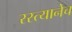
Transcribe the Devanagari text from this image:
रस्त्यानेच